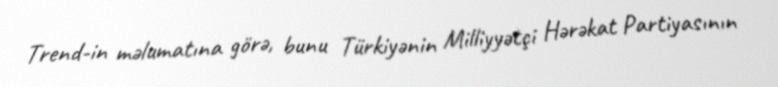
Trend-in məlumatına görə, bunu Türkiyənin Milliyyətçi Hərəkat Partiyasının